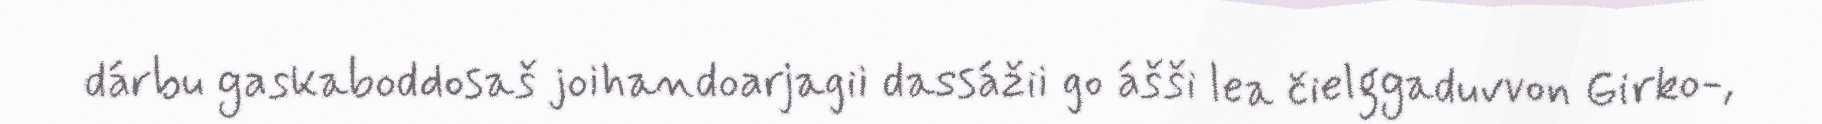
dárbu gaskaboddosaš joihandoarjagii dassážii go ášši lea čielggaduvvon Girko-,